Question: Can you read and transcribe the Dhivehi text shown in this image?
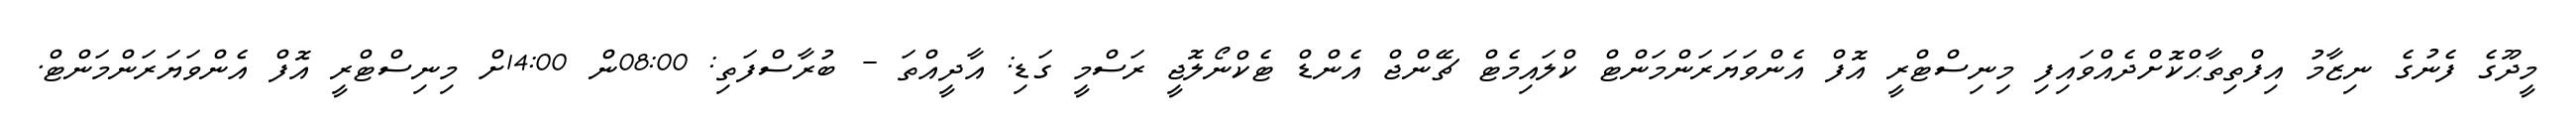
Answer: މީދޫގެ ފެނުގެ ނިޒާމު އިފްތިތާޙްކޮށްދެއްވައިފި މިނިސްޓްރީ އޮފް އެންވަޔަރަންމަންޓް ކްލައިމެޓް ޗޭންޖް އެންޑް ޓެކްނޯލޮޖީ ރަސްމީ ގަޑި: އާދީއްތަ - ބުރާސްފަތި: 08:00ން 14:00ށް މިނިސްޓްރީ އޮފް އެންވަޔަރަންމަންޓް.